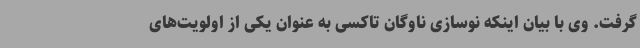
گرفت. وی با بیان اینکه نوسازی ناوگان تاکسی به عنوان یکی از اولویت‌های